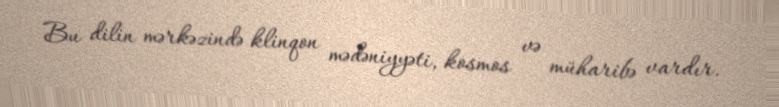
Bu dilin mərkəzində klinqon mədəniyyəti, kosmos və müharibə vardır.